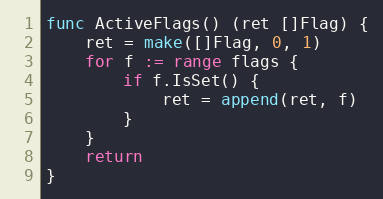
Language: Go
func ActiveFlags() (ret []Flag) {
	ret = make([]Flag, 0, 1)
	for f := range flags {
		if f.IsSet() {
			ret = append(ret, f)
		}
	}
	return
}